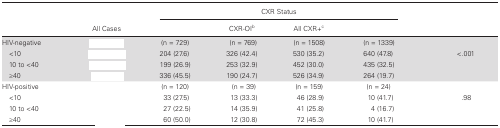
<table><thead><tr><td rowspan="2">[EMPTY_CELL]</td><td rowspan="2"><b>All Cases</b></td><td colspan="4"><b>CXR Status</b></td><td rowspan="2">[EMPTY_CELL]</td></tr><tr><td>[EMPTY_CELL]</td><td><b>CXR-OI<sup>b</sup></b></td><td><b>All CXR+<sup>c</sup></b></td><td>[EMPTY_CELL]</td></tr></thead><tbody><tr><td>HIV-negative</td><td>[EMPTY_CELL]</td><td>(n = 729)</td><td>(n = 769)</td><td>(n = 1508)</td><td>(n = 1339)</td><td>[EMPTY_CELL]</td></tr><tr><td> &lt;10</td><td>[EMPTY_CELL]</td><td>204 (27.6)</td><td>326 (42.4)</td><td>530 (35.2)</td><td>640 (47.8)</td><td rowspan="3">&lt;.001</td></tr><tr><td> 10 to &lt;40</td><td>[EMPTY_CELL]</td><td>199 (26.9)</td><td>253 (32.9)</td><td>452 (30.0)</td><td>435 (32.5)</td></tr><tr><td> ≥40</td><td>[EMPTY_CELL]</td><td>336 (45.5)</td><td>190 (24.7)</td><td>526 (34.9)</td><td>264 (19.7)</td></tr><tr><td>HIV-positive</td><td>[EMPTY_CELL]</td><td>(n = 120)</td><td>(n = 39)</td><td>(n = 159)</td><td>(n = 24)</td><td>[EMPTY_CELL]</td></tr><tr><td> &lt;10</td><td>[EMPTY_CELL]</td><td>33 (27.5)</td><td>13 (33.3)</td><td>46 (28.9)</td><td>10 (41.7)</td><td rowspan="3">.98</td></tr><tr><td> 10 to &lt;40</td><td>[EMPTY_CELL]</td><td>27 (22.5)</td><td>14 (35.9)</td><td>41 (25.8)</td><td>4 (16.7)</td></tr><tr><td> ≥40</td><td>[EMPTY_CELL]</td><td>60 (50.0)</td><td>12 (30.8)</td><td>72 (45.3)</td><td>10 (41.7)</td></tr></tbody></table>